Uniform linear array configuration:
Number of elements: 8
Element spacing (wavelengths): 0.75
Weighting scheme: uniform
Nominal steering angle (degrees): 45
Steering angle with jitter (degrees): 43.327
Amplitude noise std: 0.05
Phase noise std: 0.05

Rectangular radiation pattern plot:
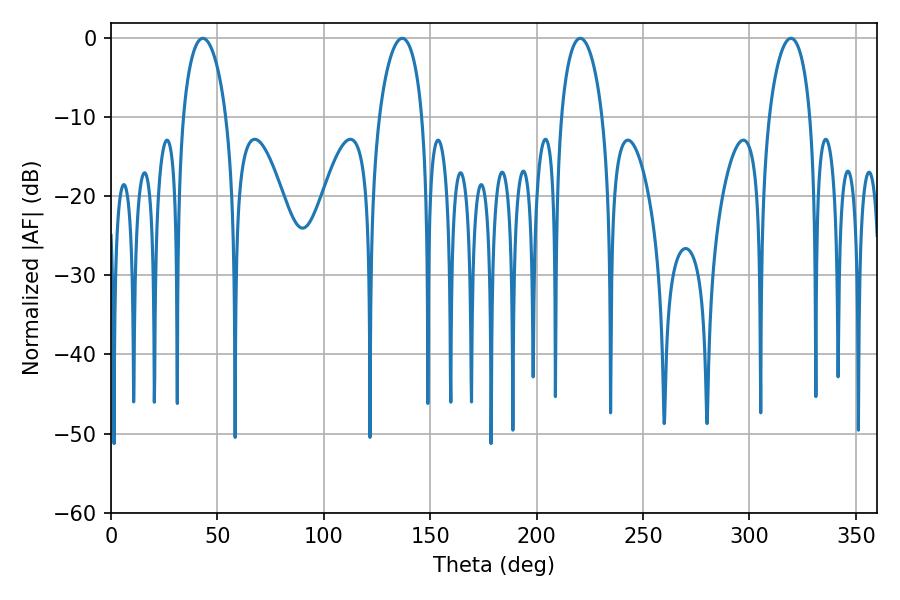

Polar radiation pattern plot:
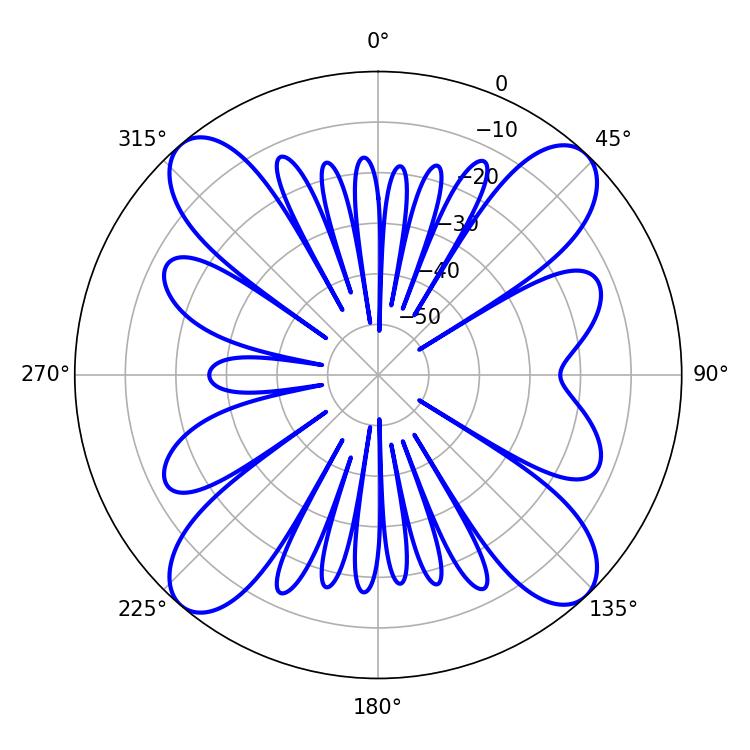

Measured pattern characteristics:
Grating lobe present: TRUE
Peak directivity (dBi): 17.781
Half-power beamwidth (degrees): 11.16
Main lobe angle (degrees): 220.5